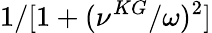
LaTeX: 1/[1+(\nu^{KG}/\omega)^{2}]